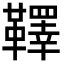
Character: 𩍜